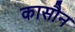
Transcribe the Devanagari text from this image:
कासौन